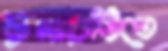
ট্রলারটিতে